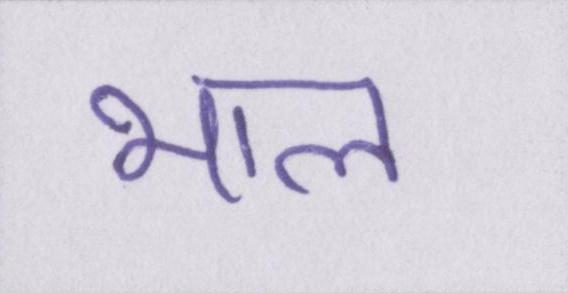
भाल